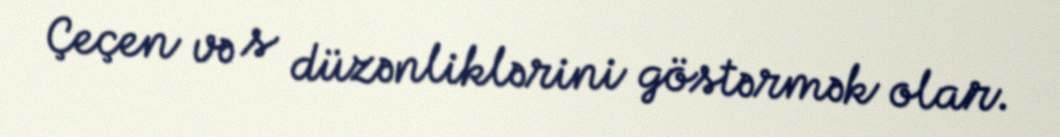
Çeçen və s düzənliklərini göstərmək olar.